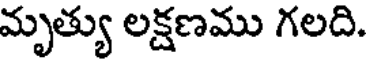
మృత్యు లక్షణము గలది.